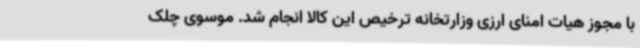
با مجوز هیات امنای ارزی وزارتخانه ترخیص این کالا انجام شد. موسوی چلک